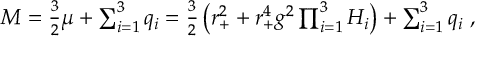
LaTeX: M = \textstyle { \frac { 3 } { 2 } } \mu + \sum _ { i = 1 } ^ { 3 } q _ { i } = \textstyle { \frac { 3 } { 2 } } \left( r _ { + } ^ { 2 } + r _ { + } ^ { 4 } g ^ { 2 } \prod _ { i = 1 } ^ { 3 } H _ { i } \right) + \sum _ { i = 1 } ^ { 3 } q _ { i } \ ,